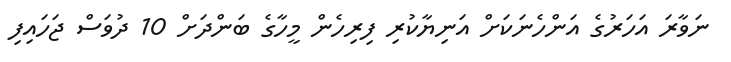
ނަވާރަ އަހަރުގެ އަންހެނަކަށް އަނިޔާކުރި ފިރިހެން މީހާގެ ބަންދަށް 10 ދުވަސް ޖަހައިފި